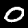
Label: 0